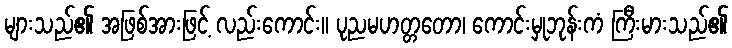
များသည်၏ အဖြစ်အားဖြင့် လည်းကောင်း။ ပုညမဟတ္တတော၊ ကောင်းမှုဘုန်းကံ ကြီးမားသည်၏